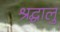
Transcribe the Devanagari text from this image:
श्रद्घालु